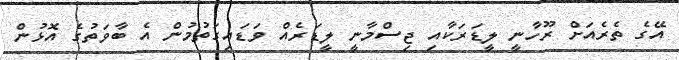
އޭގެ ތެރެއަށް ރޫހާނީ ލީޑަރަކާއި ޖިސްމާނީ ލީޑަރެއް ވަޑައިގަތުމުން އެ ބާވަތުގެ އޮޅުން